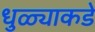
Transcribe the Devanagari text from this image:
धुळ्याकडे